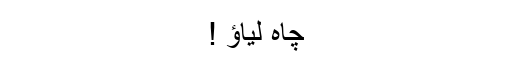
چاہ لیاؤ !